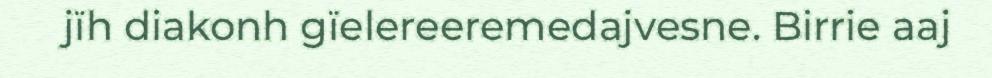
jïh diakonh gïelereeremedajvesne. Birrie aaj